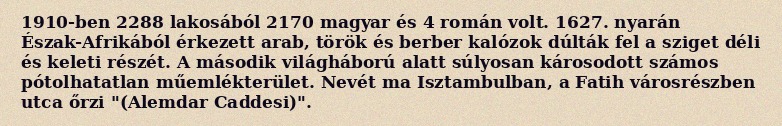
1910-ben 2288 lakosából 2170 magyar és 4 román volt. 1627. nyarán Észak-Afrikából érkezett arab, török és berber kalózok dúlták fel a sziget déli és keleti részét. A második világháború alatt súlyosan károsodott számos pótolhatatlan műemlékterület. Nevét ma Isztambulban, a Fatih városrészben utca őrzi "(Alemdar Caddesi)".